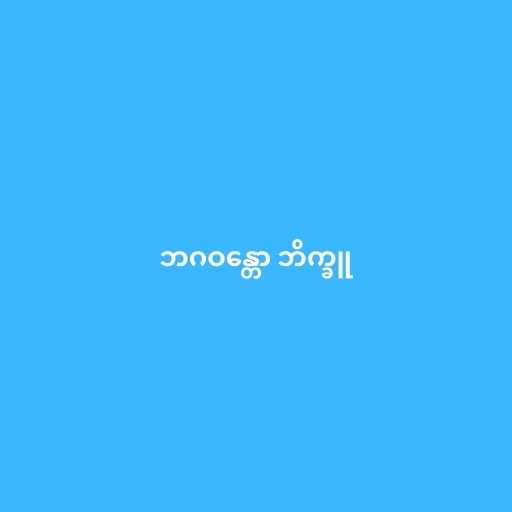
ဘဂဝန္တော ဘိက္ခူ